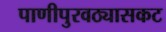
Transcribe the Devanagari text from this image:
पाणीपुरवठ्यासकट